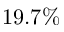
1 9 . 7 \%